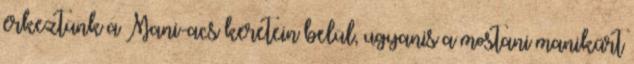
érkeztünk a Mani-acs keretein belül, ugyanis a mostani manikűrt